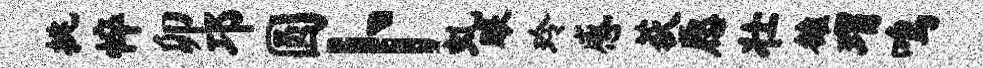
挑悴卯邛圆卜虬眼玲感荻愿壮雒瑁鸣